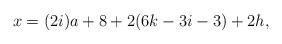
LaTeX: \begin{align*}x = (2i)a + 8 + 2 (6k-3i-3) + 2 h,\end{align*}